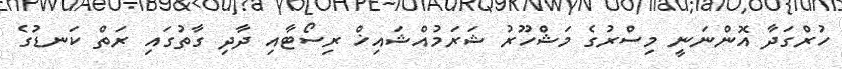
ހުރްގަދާ އޮންނަނީ މިސްރުގެ މަޝްހޫރު ޝަރަމުއްޝައިޚް ރިސޯޓާއި ދާދި ގާތުގައި ރަތް ކަނޑުގެ